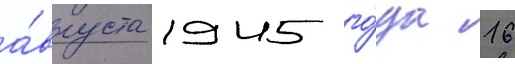
а́вгуста 1945 го́да 16